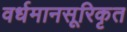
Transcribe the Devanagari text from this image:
वर्धमानसूरिकृत